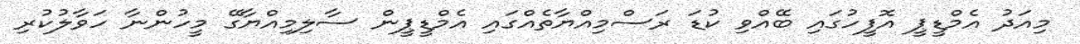
މިއަދު އެމްޑީޕީ އޮފީހުގައި ބޭއްވި ކުޑަ ރަސްމިއްޔާތެއްގައި އެމްޑީޕީން ސާލިމިއްޔާގޭ މީހުންނާ ހަވާލުކުރި